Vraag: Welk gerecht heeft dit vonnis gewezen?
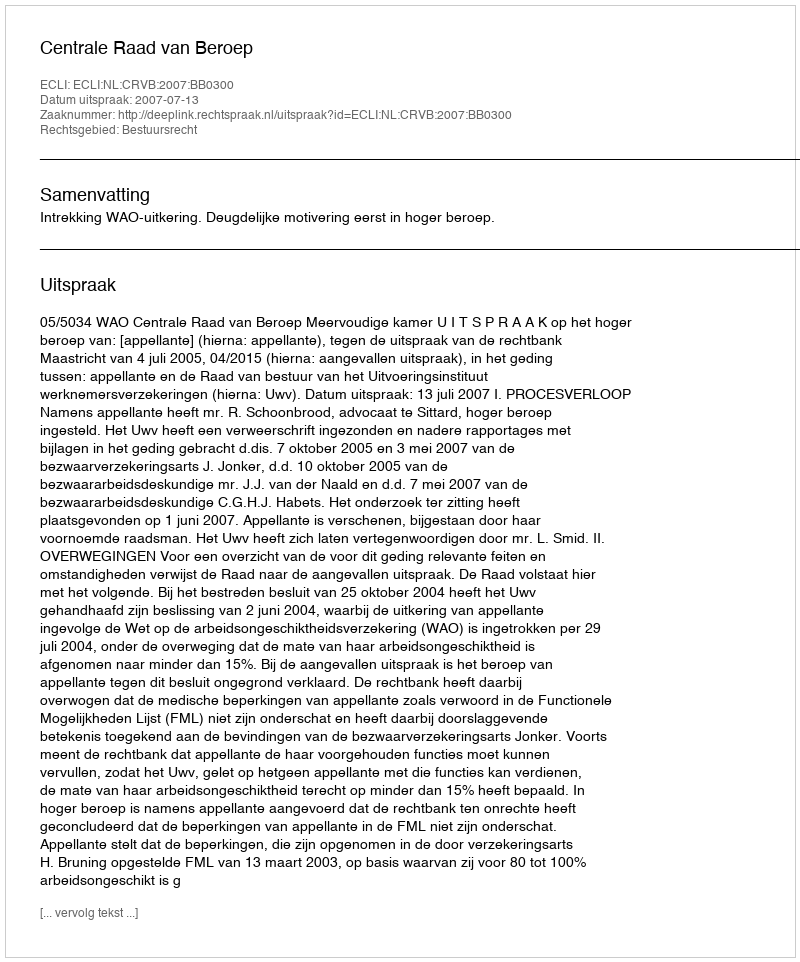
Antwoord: Centrale Raad van Beroep